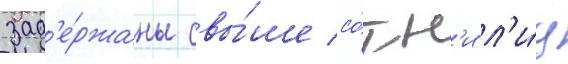
зад'е́ржаны свы́ше со́тн'и л'и́ц